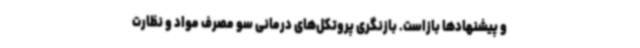
و پیشنهادها بازاست. بازنگری پروتکل‌های درمانی سو مصرف مواد و نظارت